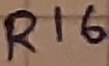
Text: R16